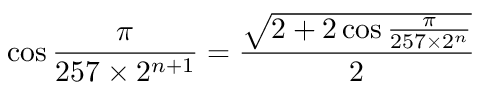
\cos { \frac { \pi } { 2 5 7 \times 2 ^ { n + 1 } } } = { \frac { \sqrt { 2 + 2 \cos { \frac { \pi } { 2 5 7 \times 2 ^ { n } } } } } { 2 } }